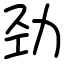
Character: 劲